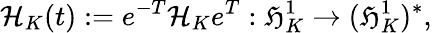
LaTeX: \mathcal{H}_{K}(t):=e^{-T}\mathcal{H}_{K}e^{T}:\mathfrak{H}_{K}^{1}\to(\mathfrak{H}_{K}^{1})^{*},